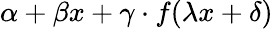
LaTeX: \alpha+\beta x+\gamma\cdot f(\lambda x+\delta)